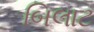
બિલાટ